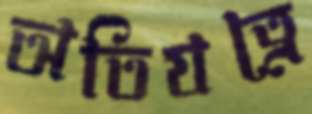
অতিযত্নে